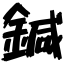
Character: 鍼